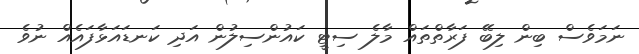
ނަމަވެސް ބިން ލިބޭ ފަރާތްތައް މާލެ ސިޓީ ކައުންސިލުން އަދި ކަނޑައަޅާފައެއް ނުވެ